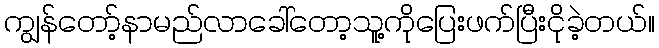
ကျွန်တော့်နာမည်လာခေါ်တော့သူ့ကိုပြေးဖက်ပြီးငိုခဲ့တယ်။